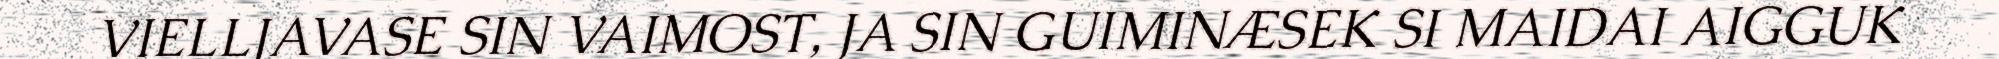
VIELLJAVASE SIN VAIMOST, JA SIN GUIMINÆSEK SI MAIDAI AIGGUK